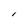
Character: l